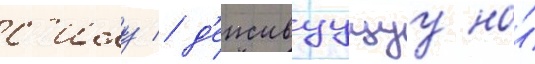
с'илу / д'еиствуущуу на́